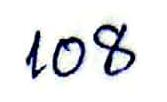
108